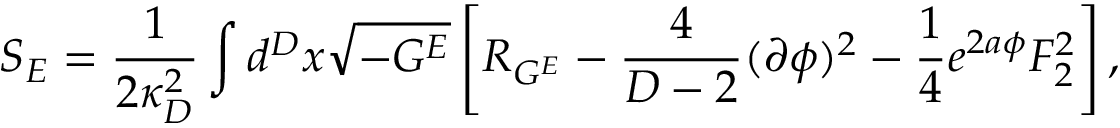
S _ { E } = { \frac { 1 } { 2 \kappa _ { D } ^ { 2 } } } \int d ^ { D } x \sqrt { - G ^ { E } } \left[ { \cal R } _ { G ^ { E } } - { \frac { 4 } { D - 2 } } ( \partial \phi ) ^ { 2 } - { \frac { 1 } { 4 } } e ^ { 2 a \phi } F _ { 2 } ^ { 2 } \right] ,